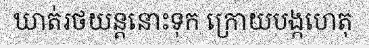
ឃាត់រថយន្តនោះទុក ក្រោយបង្កហេតុ